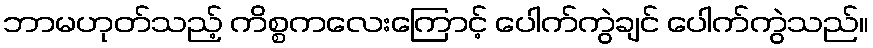
ဘာမဟုတ်သည့် ကိစ္စကလေးကြောင့် ပေါက်ကွဲချင် ပေါက်ကွဲသည်။